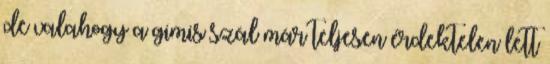
de valahogy a gimis szál már teljesen érdektelen lett